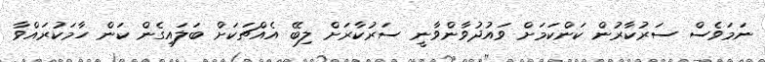
ނަމަވެސް ސަރުކާރުން ކަންކަމަށް ވައުދުވާންވާނީ ސަރުކާރަށް ލިބޭ އެއްޗަކަށް ބަލައިގެން ކަން ހާމަކުރައްވާ